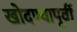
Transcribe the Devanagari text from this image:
खोदण्यापूर्वी